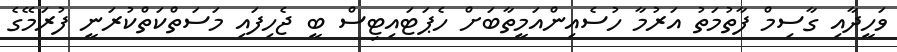
ވަހީދާއި ގާސިމް ފާތުމަތު އަރުމާ ހުސެއިންއަމީތާބަށް ހެޕަޓައިޓިސް ބީ ޖެހިފައި މަސަތްކަތްކުރަނީ ފުރަމޭގެ